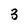
Character: 3